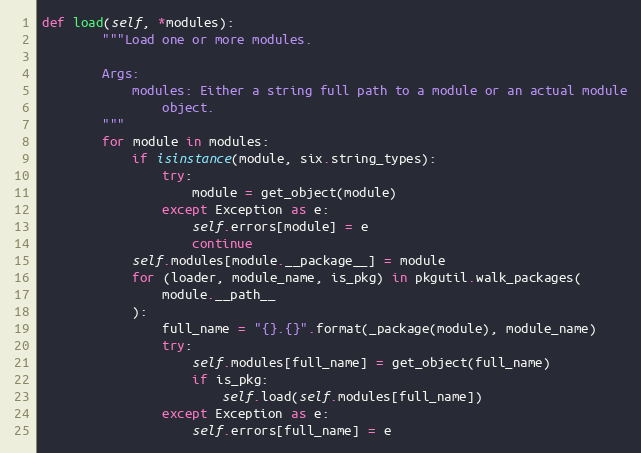
Language: Python
def load(self, *modules):
        """Load one or more modules.

        Args:
            modules: Either a string full path to a module or an actual module
                object.
        """
        for module in modules:
            if isinstance(module, six.string_types):
                try:
                    module = get_object(module)
                except Exception as e:
                    self.errors[module] = e
                    continue
            self.modules[module.__package__] = module
            for (loader, module_name, is_pkg) in pkgutil.walk_packages(
                module.__path__
            ):
                full_name = "{}.{}".format(_package(module), module_name)
                try:
                    self.modules[full_name] = get_object(full_name)
                    if is_pkg:
                        self.load(self.modules[full_name])
                except Exception as e:
                    self.errors[full_name] = e